Report of the Indian Hemp Drugs Commission, 1894-1895 - Volume IV
Year: 1894
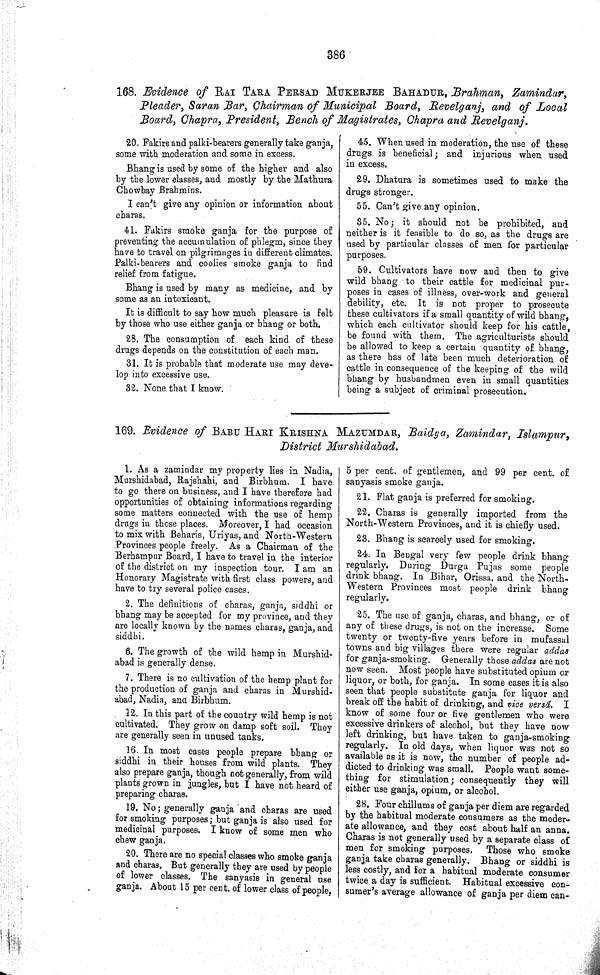
386
168. Evidence of RAI TARA PERSAD MUKERJEE BAHADUR, Brahman, Zamindar,
Pleader, Saran Bar, Chairman of Municipal Board, Revelganj, and of Local
Board, Chapra, President, Bench of Magistrates, Chapra and Revelganj.
20. Fakirs and palki-bearers generally take ganja,
some with moderation and some in excess.
Bhang is used by some of the higher and also
by the lower classes, and mostly by the Mathura
Chowbay Brahmins.
I can't give any opinion or information about
charas.
41. Fakirs smoke ganja for the purpose of
preventing the accumulation of phlegm, since they
have to travel on pilgrimages in different climates.
Palki-bearers and coolies smoke ganja to find
relief from fatigue.
Bhang is used by many as medicine, and by
some as an intoxicant.
It is difficult to say how much pleasure is felt
by those who use either ganja or bhang or both.
28. The consumption of each kind of these
drugs depends on the constitution of each man.
31. It is probable that moderate use may deve-
lop into excessive use.
32. None that I know.
45. When used in moderation, the use of these
drugs is beneficial; and injurious when used
in excess.
29. Dhatura is sometimes used to make the
drugs stronger.
55. Can't give any opinion.
35. No; it should not be prohibited, and
neither is it feasible to do so, as the drugs are
used by particular classes of men for particular
purposes.
59. Cultivators have now and then to give
wild bhang to their cattle for medicinal pur-
poses in cases of illness, over-work and general
debility, etc. It is not proper to prosecute
these cultivators if a small quantity of wild bhang,
which each cultivator should keep for his cattle,
be found with them. The agriculturists should
be allowed to keep a certain quantity of bhang,
as there has of late been much deterioration of
cattle in consequence of the keeping of the wild
bhang by husbandmen even in small quantities
being a subject of criminal prosecution.
169. Evidence of BABU HARI KRISHNA MAZUMDAR, Baidya, Zamindar, Islampur,
District Murshidabad.
1. As a zamindar my property lies in Nadia,
Murshidabad, Rajshahi, and Birbhum. I have
to go there on business, and I have therefore had
opportunities of obtaining informations regarding
some matters connected with the use of hemp
drugs in those places. Moreover, I had occasion
to mix with Beharis, Uriyas, and North-Western
Provinces people freely. As a Chairman of the
Berhampur Board, I have to travel in the interior
of the district on my inspection tour. I am an
Honorary Magistrate with first class powers, and
have to try several police cases.
2. The definitions of charas, ganja, siddhi or
bhang may be accepted for my province, and they
are locally known by the names charas, ganja, and
siddhi.
6. The growth of the wild hemp in Murshid-
abad is generally dense.
7. There is no cultivation of the hemp plant for
the production of ganja and charas in Murshid-
abad, Nadia, and Birbhum.
12. In this part of the country wild hemp is not
cultivated. They grow on damp soft soil. They
are generally seen in unused tanks.
16. In most cases people prepare bhang or
siddhi in their houses from wild plants. They
also prepare ganja, though not generally, from wild
plants grown in jungles, but I have not heard of
preparing charas.
19. No; generally ganja and charas are used
for smoking purposes; but ganja is also used for
medicinal purposes. I know of some men who
chew ganja.
20. There are no special classes who smoke ganja
and charas. But generally they are used by people
of lower classes. The sanyasis in general use
ganja. About 15 per cent. of lower class of people,
5 per cent. of gentlemen, and 99 per cent. of
sanyasis smoke ganja.
21. Flat ganja is preferred for smoking.
22. Charas is generally imported from the
North-Western Provinces, and it is chiefly used.
23. Bhang is scarcely used for smoking.
24. In Bengal very few people drink bhang
regularly. During Durga Pujas some people
drink bhang. In Bihar, Orissa, and the North-
Western Provinces most people drink bhang
regularly.
25. The use of ganja, charas, and bhang, or of
any of these drugs, is not on the increase. Some
twenty or twenty-five years before in mufassal
towns and big villages there were regular addas
for ganja-smoking. Generally those addas are not
now seen. Most people have substituted opium or
liquor, or both, for ganja. In some cases it is also
seen that people substitute ganja for liquor and
break off the habit of drinking, and vice versà. I
know of some four or five gentlemen who were
excessive drinkers of alcohol, but they have now
left drinking, but have taken to ganja-smoking
regularly. In old days, when liquor was not so
available as it is now, the number of people ad-
dicted to drinking was small. People want some-
thing for stimulation; consequently they will
either use ganja, opium, or alcohol.
28. Four chillums of ganja per diem are regarded
by the habitual moderate consumers as the moder-
ate allowance, and they cost about half an anna.
Charas is not generally used by a separate class of
men for smoking purposes. Those who smoke
ganja take charas generally. Bhang or siddhi is
less costly, and for a habitual moderate consumer
twice a day is sufficient. Habitual excessive con-
sumer's average allowance of ganja per diem can-